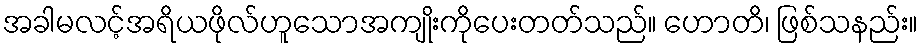
အခါမလင့်အရိယဖိုလ်ဟူသောအကျိုးကိုပေးတတ်သည်။ ဟောတိ၊ ဖြစ်သနည်း။